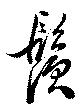
鬚